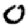
Digit: 0